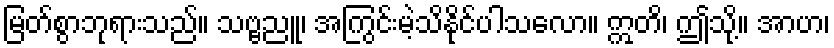
မြတ်စွာဘုရားသည်။ သဗ္ဗညူ၊ အကြွင်းမဲ့သိနိုင်ပါသလော။ ဣတိ၊ ဤသို့။ အာဟ၊